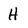
Character: H